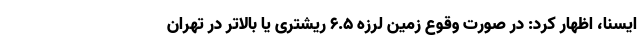
ایسنا، اظهار کرد: در صورت وقوع زمین لرزه ۶.۵ ریشتری یا بالاتر در تهران